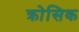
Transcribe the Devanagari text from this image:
क्रोसिक